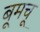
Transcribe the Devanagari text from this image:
बूमचू